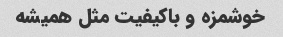
خوشمزه و باکیفیت مثل همیشه